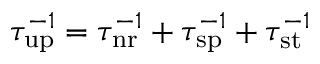
\tau _ { \mathrm { u p } } ^ { - 1 } = \tau _ { \mathrm { n r } } ^ { - 1 } + \tau _ { \mathrm { s p } } ^ { - 1 } + \tau _ { \mathrm { s t } } ^ { - 1 }